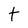
Character: t